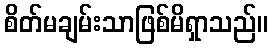
စိတ်မချမ်းသာဖြစ်မိရှာသည်။